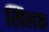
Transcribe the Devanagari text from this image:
खिलक